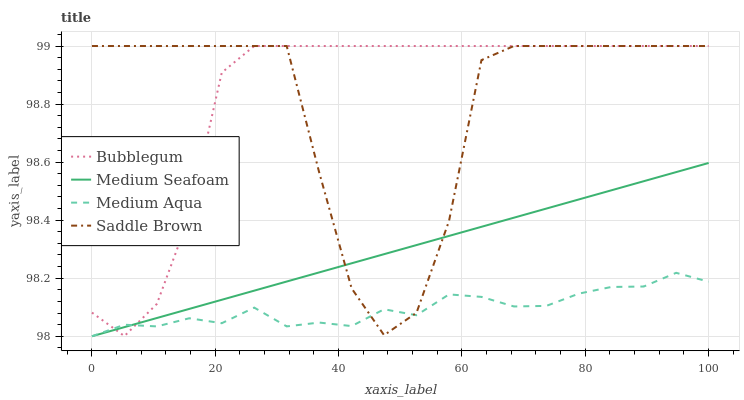
| xaxis_label | Bubblegum | Medium Seafoam | Medium Aqua | Saddle Brown |
 | --- | --- | --- | --- | --- |
 | 0 | 98.1 | 98 | 98 | 99 |
 | 5.26 | 98 | 98 | 98 | 99 |
 | 10.5 | 98.1 | 98.1 | 98 | 99 |
 | 15.8 | 98.4 | 98.1 | 98.1 | 99 |
 | 21.1 | 98.9 | 98.1 | 98 | 99 |
 | 26.3 | 99 | 98.2 | 98.1 | 99 |
 | 31.6 | 99 | 98.2 | 98 | 99 |
 | 36.8 | 99 | 98.2 | 98 | 98.6 |
 | 42.1 | 99 | 98.3 | 98 | 98.2 |
 | 47.4 | 99 | 98.3 | 98.1 | 98 |
 | 52.6 | 99 | 98.3 | 98.1 | 98.1 |
 | 57.9 | 99 | 98.3 | 98.1 | 98.4 |
 | 63.2 | 99 | 98.4 | 98.1 | 99 |
 | 68.4 | 99 | 98.4 | 98.1 | 99 |
 | 73.7 | 99 | 98.4 | 98.1 | 99 |
 | 78.9 | 99 | 98.5 | 98.1 | 99 |
 | 84.2 | 99 | 98.5 | 98.2 | 99 |
 | 89.5 | 99 | 98.5 | 98.2 | 99 |
 | 94.7 | 99 | 98.6 | 98.2 | 99 |
 | 100 | 99 | 98.6 | 98.2 | 99 |